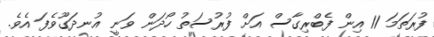
ފުރަތަމަ 11 އިން ފެބްރިގާސް އަށް ފުރުސަތު ހޯދަން ވަނީ އުނދަގޫވެފަ އެވެ.